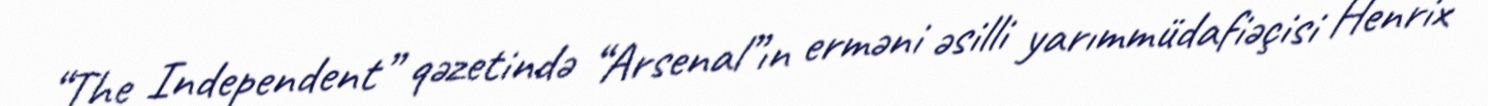
“The Independent” qəzetində “Arsenal”ın erməni əsilli yarımmüdafiəçisi Henrix